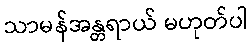
သာမန်အန္တရာယ် မဟုတ်ပါ